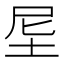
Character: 𡊴